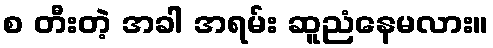
စ တီးတဲ့ အခါ အရမ်း ဆူညံနေမလား။